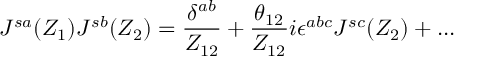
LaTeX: J ^ { s a } ( Z _ { 1 } ) J ^ { s b } ( Z _ { 2 } ) = \frac { \delta ^ { a b } } { Z _ { 1 2 } } + \frac { \theta _ { 1 2 } } { Z _ { 1 2 } } i \epsilon ^ { a b c } J ^ { s c } ( Z _ { 2 } ) + . . .